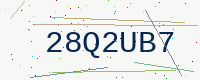
Text: 28Q2UB7